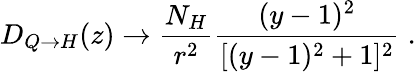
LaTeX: D_{Q\to H}(z)\to\frac{N_{H}}{r^{2}}\frac{(y-1)^{2}}{[(y-1)^{2}+1]^{2}}\; .